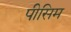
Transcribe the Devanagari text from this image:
पीसिम